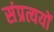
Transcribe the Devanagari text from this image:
संप्रत्ययों